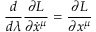
\frac { d } { d \lambda } \frac { \partial L } { \partial \dot { x } ^ { \mu } } = \frac { \partial L } { \partial x ^ { \mu } }